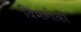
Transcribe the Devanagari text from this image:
विभागोकी